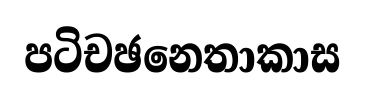
පටිචඡනෙතාකාස